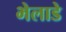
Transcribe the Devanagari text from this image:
भेलाडे